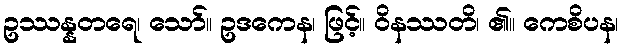
ဥဿန္နတရေ၊ သော်။ ဥဒကေန၊ ဖြင့်။ ဝိနဿတိ၊ ၏။ ကေစိပန၊